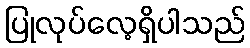
ပြုလုပ်လေ့ရှိပါသည်